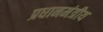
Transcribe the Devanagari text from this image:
प्रधानमंत्रीय